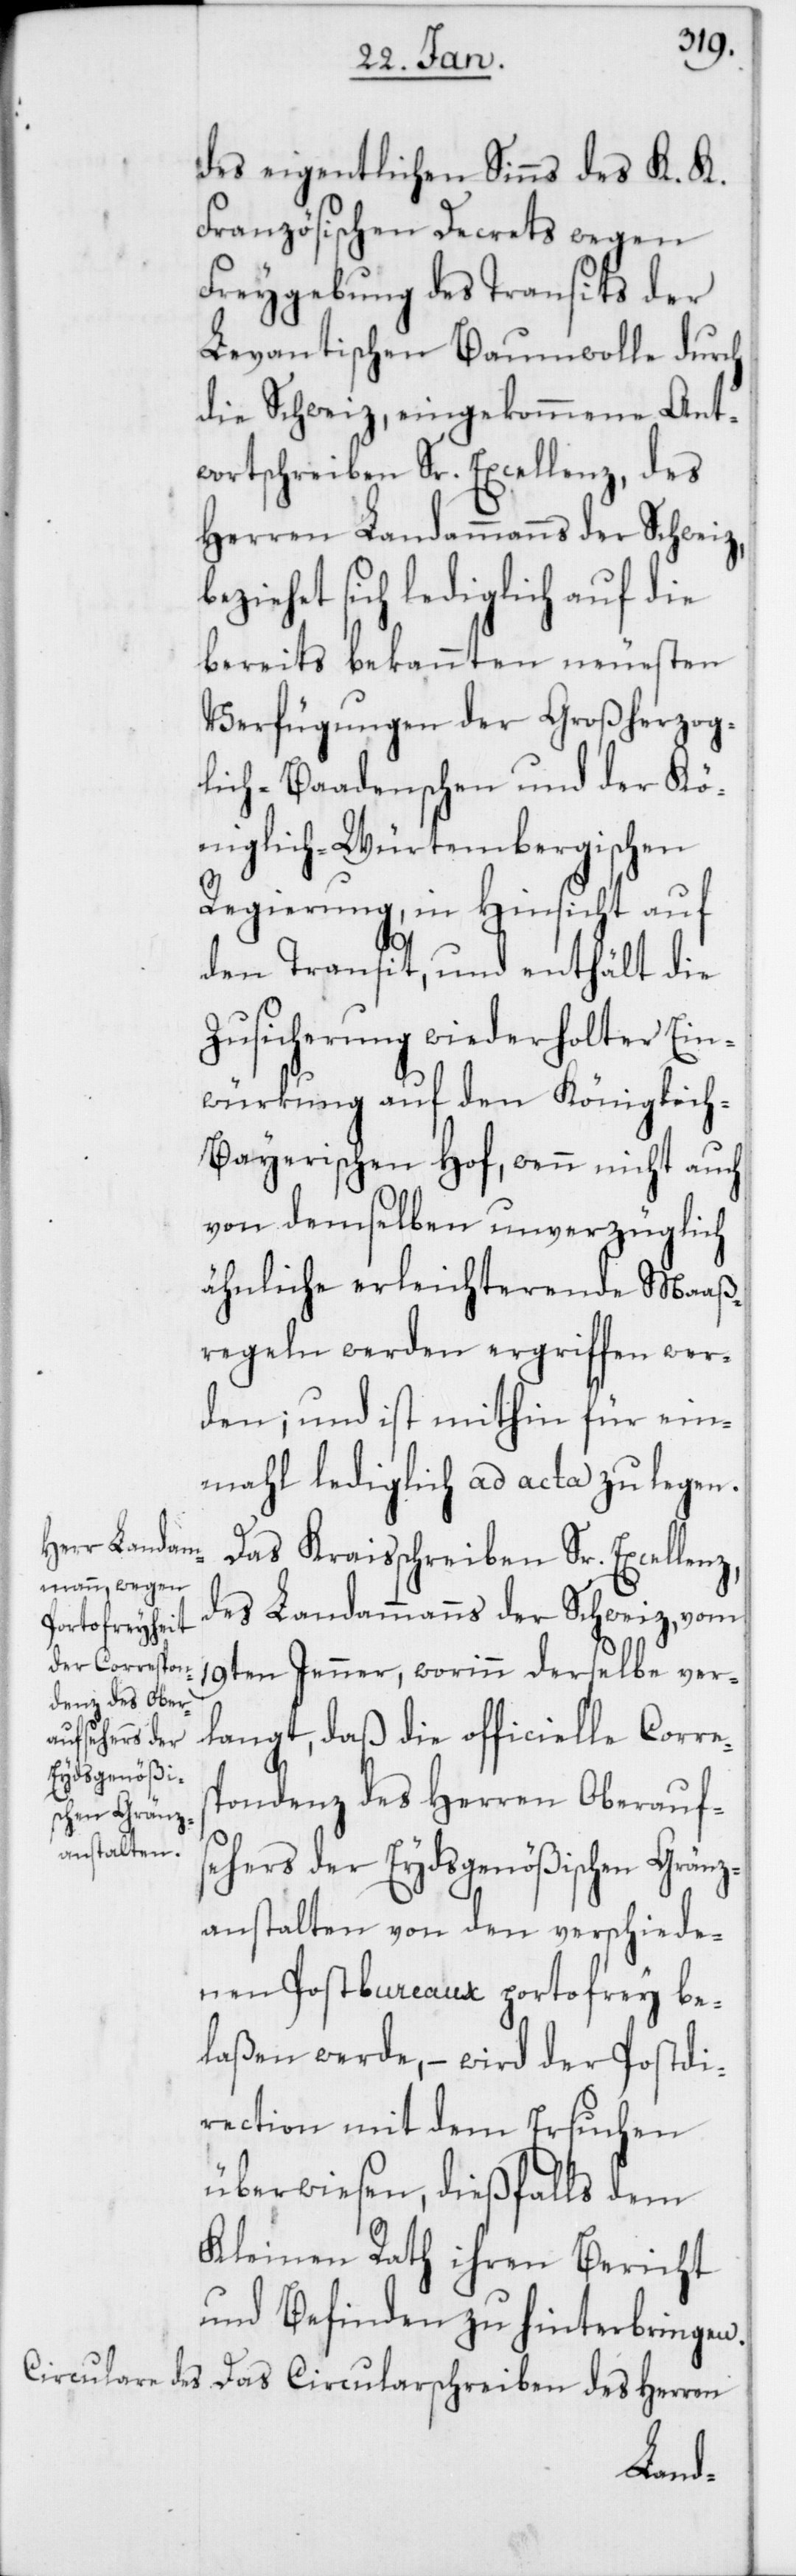
des eigentlichen Sinns des K. K.
Französischen Decrets wegen
Freygebung des Transits der
Levantischen Baumwolle durch
die Schweiz, eingekommene Ant¬
wortschreiben Sr. Excellenz, des
Herren Landammanns der Schweiz,
beziehet sich lediglich auf die
bereits bekannten neuesten
Verfügungen der Großherzog¬
lich-Baadenschen und der Kö¬
niglich-Würtembergischen
Regierung, in Hinsicht auf
den Transit, und enthält die
Zusicherung wiederholter Ein¬
würkung auf den Königlic¬
h-Bayerischen Hof, wenn nicht auch
von demselben unverzüglich
ähnliche erleichterende Maaß¬
regeln werden ergriffen wer¬
den; und ist mithin für ein¬
mahl lediglich ad acta zu legen.
Das Kraisschreiben Sr. Excellenz,
des Landammanns der Schweiz, vom
19ten Jenner, worinn derselbe ver¬
langt, daß die officielle Corres¬
pondenz des Herren Oberauf¬
sehers der Eydsgenößischen Gränz¬
anstalten von den verschiede¬
nen Postbureaux portofrey be¬
laßen werde, – wird der Postdi¬
rection mit dem Ersuchen
überwiesen, dießfalls dem
Kleinen Rath ihren Bericht
und Befinden zu hinterbringen.